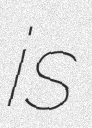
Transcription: is